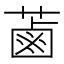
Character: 蓾